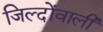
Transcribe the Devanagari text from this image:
जिल्दोंवाली